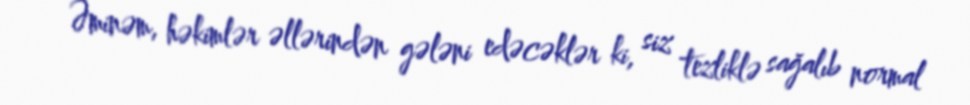
Əminəm, həkimlər əllərindən gələni edəcəklər ki, siz tezliklə sağalıb normal